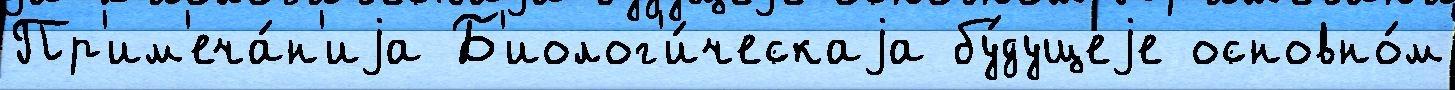
Пр'им'еча́н'иjа Б'иолог'и́ческаjа бу́дущеjе основно́м